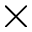
\times